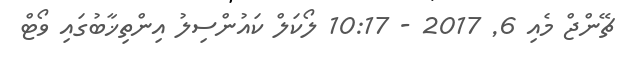
ޗޭންޖް މެއި 6